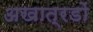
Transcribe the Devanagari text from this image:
अखात्रडों